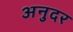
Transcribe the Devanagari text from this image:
अनुदर